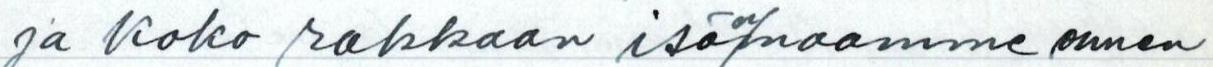
ja koko rakkaan isän/maamme ennen